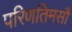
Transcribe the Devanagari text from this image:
परिणतिमसौ